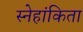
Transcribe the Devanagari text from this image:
स्नेहांकिता